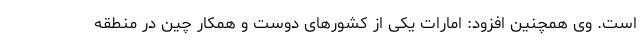
است. وی همچنین افزود: امارات یکی از کشورهای دوست و همکار چین در منطقه